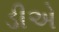
ડીએ